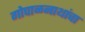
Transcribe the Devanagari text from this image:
गोपाळनाथांचा